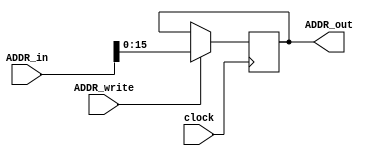
module ADDR(clock, ADDR_in, ADDR_out, ADDR_write);

 input clock;
 input [16:0] ADDR_in;
 input ADDR_write;
 
 output [15:0] ADDR_out;
 
 reg [15:0] ADDR_data;
 
 always @(posedge clock) begin
	
	if(ADDR_write) begin
		ADDR_data <= ADDR_in [15:0];
	end
 
 end

 assign ADDR_out = ADDR_data;



endmodule